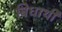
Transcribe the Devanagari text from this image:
बिधार्थी